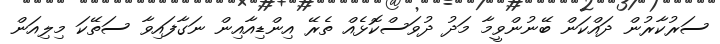
ސަރުކާރުން ދައްކަން ބޭނުންވީމާ މަދު ދުވަސްކޮޅެއް ތެރޭ އިންޑިއާއިން ނަގާފައިވާ ސަތޭކަ މިލިއަން